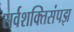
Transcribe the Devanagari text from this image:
सर्वशक्तिसंपझ